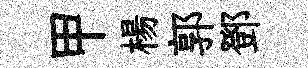
甲楊郭鄧